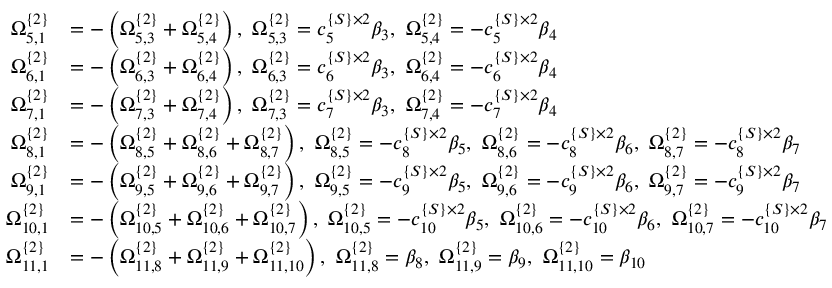
\begin{array} { r l } { \Omega _ { 5 , 1 } ^ { \{ 2 \} } } & { = - \left( \Omega _ { 5 , 3 } ^ { \{ 2 \} } + \Omega _ { 5 , 4 } ^ { \{ 2 \} } \right) , \ \Omega _ { 5 , 3 } ^ { \{ 2 \} } = c _ { 5 } ^ { \{ S \} \times 2 } \beta _ { 3 } , \ \Omega _ { 5 , 4 } ^ { \{ 2 \} } = - c _ { 5 } ^ { \{ S \} \times 2 } \beta _ { 4 } } \\ { \Omega _ { 6 , 1 } ^ { \{ 2 \} } } & { = - \left( \Omega _ { 6 , 3 } ^ { \{ 2 \} } + \Omega _ { 6 , 4 } ^ { \{ 2 \} } \right) , \ \Omega _ { 6 , 3 } ^ { \{ 2 \} } = c _ { 6 } ^ { \{ S \} \times 2 } \beta _ { 3 } , \ \Omega _ { 6 , 4 } ^ { \{ 2 \} } = - c _ { 6 } ^ { \{ S \} \times 2 } \beta _ { 4 } } \\ { \Omega _ { 7 , 1 } ^ { \{ 2 \} } } & { = - \left( \Omega _ { 7 , 3 } ^ { \{ 2 \} } + \Omega _ { 7 , 4 } ^ { \{ 2 \} } \right) , \ \Omega _ { 7 , 3 } ^ { \{ 2 \} } = c _ { 7 } ^ { \{ S \} \times 2 } \beta _ { 3 } , \ \Omega _ { 7 , 4 } ^ { \{ 2 \} } = - c _ { 7 } ^ { \{ S \} \times 2 } \beta _ { 4 } } \\ { \Omega _ { 8 , 1 } ^ { \{ 2 \} } } & { = - \left( \Omega _ { 8 , 5 } ^ { \{ 2 \} } + \Omega _ { 8 , 6 } ^ { \{ 2 \} } + \Omega _ { 8 , 7 } ^ { \{ 2 \} } \right) , \ \Omega _ { 8 , 5 } ^ { \{ 2 \} } = - c _ { 8 } ^ { \{ S \} \times 2 } \beta _ { 5 } , \ \Omega _ { 8 , 6 } ^ { \{ 2 \} } = - c _ { 8 } ^ { \{ S \} \times 2 } \beta _ { 6 } , \ \Omega _ { 8 , 7 } ^ { \{ 2 \} } = - c _ { 8 } ^ { \{ S \} \times 2 } \beta _ { 7 } } \\ { \Omega _ { 9 , 1 } ^ { \{ 2 \} } } & { = - \left( \Omega _ { 9 , 5 } ^ { \{ 2 \} } + \Omega _ { 9 , 6 } ^ { \{ 2 \} } + \Omega _ { 9 , 7 } ^ { \{ 2 \} } \right) , \ \Omega _ { 9 , 5 } ^ { \{ 2 \} } = - c _ { 9 } ^ { \{ S \} \times 2 } \beta _ { 5 } , \ \Omega _ { 9 , 6 } ^ { \{ 2 \} } = - c _ { 9 } ^ { \{ S \} \times 2 } \beta _ { 6 } , \ \Omega _ { 9 , 7 } ^ { \{ 2 \} } = - c _ { 9 } ^ { \{ S \} \times 2 } \beta _ { 7 } } \\ { \Omega _ { 1 0 , 1 } ^ { \{ 2 \} } } & { = - \left( \Omega _ { 1 0 , 5 } ^ { \{ 2 \} } + \Omega _ { 1 0 , 6 } ^ { \{ 2 \} } + \Omega _ { 1 0 , 7 } ^ { \{ 2 \} } \right) , \ \Omega _ { 1 0 , 5 } ^ { \{ 2 \} } = - c _ { 1 0 } ^ { \{ S \} \times 2 } \beta _ { 5 } , \ \Omega _ { 1 0 , 6 } ^ { \{ 2 \} } = - c _ { 1 0 } ^ { \{ S \} \times 2 } \beta _ { 6 } , \ \Omega _ { 1 0 , 7 } ^ { \{ 2 \} } = - c _ { 1 0 } ^ { \{ S \} \times 2 } \beta _ { 7 } } \\ { \Omega _ { 1 1 , 1 } ^ { \{ 2 \} } } & { = - \left( \Omega _ { 1 1 , 8 } ^ { \{ 2 \} } + \Omega _ { 1 1 , 9 } ^ { \{ 2 \} } + \Omega _ { 1 1 , 1 0 } ^ { \{ 2 \} } \right) , \ \Omega _ { 1 1 , 8 } ^ { \{ 2 \} } = \beta _ { 8 } , \ \Omega _ { 1 1 , 9 } ^ { \{ 2 \} } = \beta _ { 9 } , \ \Omega _ { 1 1 , 1 0 } ^ { \{ 2 \} } = \beta _ { 1 0 } } \end{array}